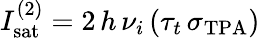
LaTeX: I_{\mathrm{sat}}^{(2)}=2\, h\, \nu_{i}\, (\tau_{t}\, \sigma_{\mathrm{TPA}})